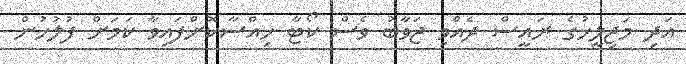
އަދި މަޖިލީހުގެ ރައީސް ދެއްވި ޖަވާބު ވެސް ކޯޓާ ހިއްސާކޮށްފައިވާ ކަމަށް ފުލުހުން